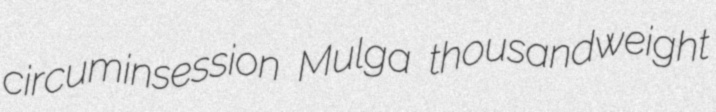
circuminsession Mulga thousandweight